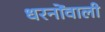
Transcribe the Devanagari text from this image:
धरनोंवाली